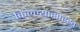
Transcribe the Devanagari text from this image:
किल्ल्यासारखे